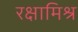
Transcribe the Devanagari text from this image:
रक्षामिश्र